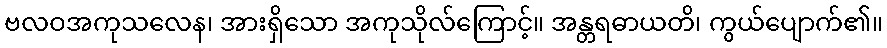
ဗလဝအကုသလေန၊ အားရှိသော အကုသိုလ်ကြောင့်။ အန္တရဓာယတိ၊ ကွယ်ပျောက်၏။